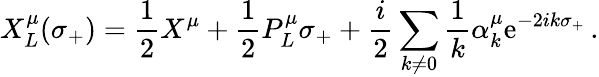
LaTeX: X_{L}^{\mu}(\sigma_{+})=\frac{1}{2}X^{\mu}+\frac{1}{2}P_{L}^{\mu}\sigma_{+}+\frac{i}{2}\sum_{k\neq 0}\frac{1}{k}\alpha_{k}^{\mu}\mathrm{e}^{-2ik\sigma_{+}}\, .